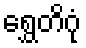
ရွှေတိဂုံ